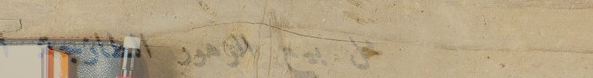
محل بيع الزهور الطازجة: ا